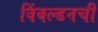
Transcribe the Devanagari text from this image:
विंबल्डनची